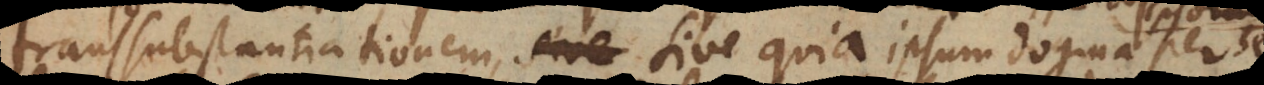
transsubstantiationem, sive quia ipsum dogma per se